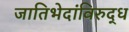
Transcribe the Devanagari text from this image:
जातिभेदांविरुद्ध